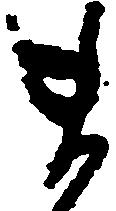
ま